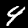
Label: 4